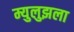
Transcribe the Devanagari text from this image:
म्युलुझला